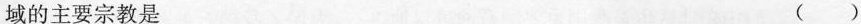
域的主要宗教是（）